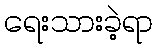
ရေးသားခဲ့ရာ